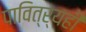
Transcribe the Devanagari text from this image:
पावित्र्यही